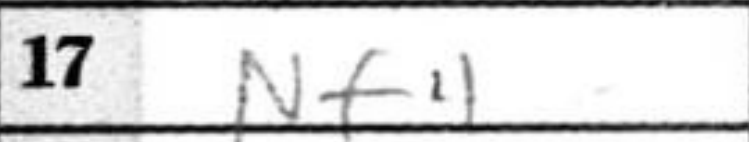
Transcription: Nf4